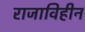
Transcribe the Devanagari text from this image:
राजाविहीन